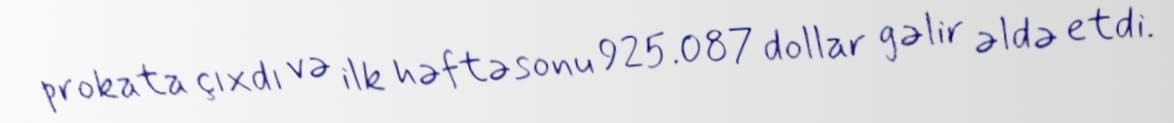
prokata çıxdı və ilk həftəsonu 925.087 dollar gəlir əldə etdi.